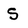
Character: S